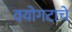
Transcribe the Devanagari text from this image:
वयोगटाचे